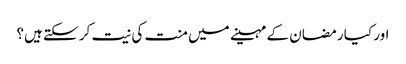
اور کیا رمضان کے مہینے میں منت کی نیت کر سکتے ہیں؟